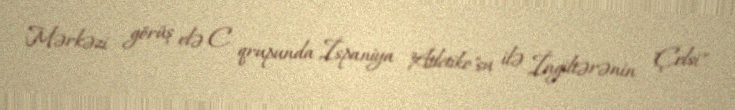
Mərkəzi görüş elə C qrupunda İspaniya "Atletiko"su ilə İngiltərənin "Çelsi"